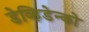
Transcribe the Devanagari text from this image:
डेव्हिडेन्को